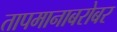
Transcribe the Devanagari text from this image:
तापमानाबरोबर